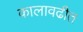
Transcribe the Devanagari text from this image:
कालावढीत